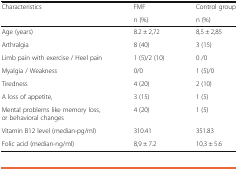
<table><thead><tr><td rowspan="2"><b>Characteristics</b></td><td><b>FMF</b></td><td><b>Control group</b></td></tr><tr><td><b>n (%)</b></td><td><b>n (%)</b></td></tr></thead><tbody><tr><td>Age (years)</td><td>8.2 ± 2,72</td><td>8,5 ± 2,85</td></tr><tr><td>Arthralgia</td><td>8 (40)</td><td>3 (15)</td></tr><tr><td>Limb pain with exercise / Heel pain</td><td>1 (5)/2 (10)</td><td>0 /0</td></tr><tr><td>Myalgia / Weakness</td><td>0/0</td><td>1 (5)/0</td></tr><tr><td>Tiredness</td><td>4 (20)</td><td>2 (10)</td></tr><tr><td>A loss of appetite,</td><td>3 (15)</td><td>1 (5)</td></tr><tr><td>Mental problems like memory loss, or behavioral changes</td><td>4 (20)</td><td>1 (5)</td></tr><tr><td>Vitamin B12 level (median-pg/ml)</td><td>310.41</td><td>351.83</td></tr><tr><td>Folic acid (median-ng/ml)</td><td>8,9 ± 7.2</td><td>10,3 ± 5.6</td></tr></tbody></table>